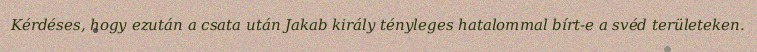
Kérdéses, hogy ezután a csata után Jakab király tényleges hatalommal bírt-e a svéd területeken.